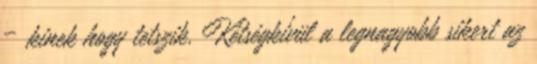
– kinek hogy tetszik. Kétségkívül a legnagyobb sikert az